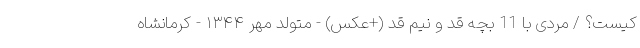
کیست؟ / مردی با 11 بچه قد و نیم قد (+عکس) - متولد مهر ۱۳۴۴ - کرمانشاه